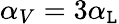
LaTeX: \alpha_{V}=3\alpha_{\mathtt{L}}